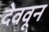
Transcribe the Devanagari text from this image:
देववून